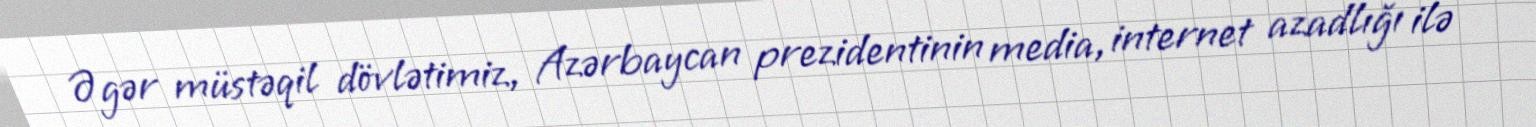
Əgər müstəqil dövlətimiz, Azərbaycan prezidentinin media, internet azadlığı ilə